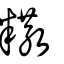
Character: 糤